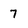
Character: 7